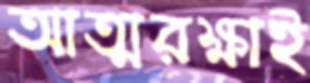
আত্মরক্ষাই